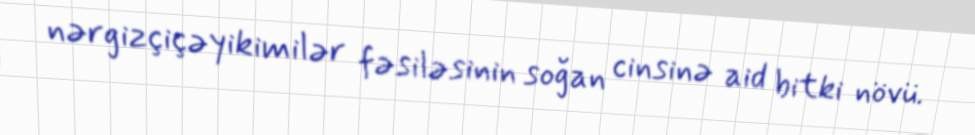
nərgizçiçəyikimilər fəsiləsinin soğan cinsinə aid bitki növü.